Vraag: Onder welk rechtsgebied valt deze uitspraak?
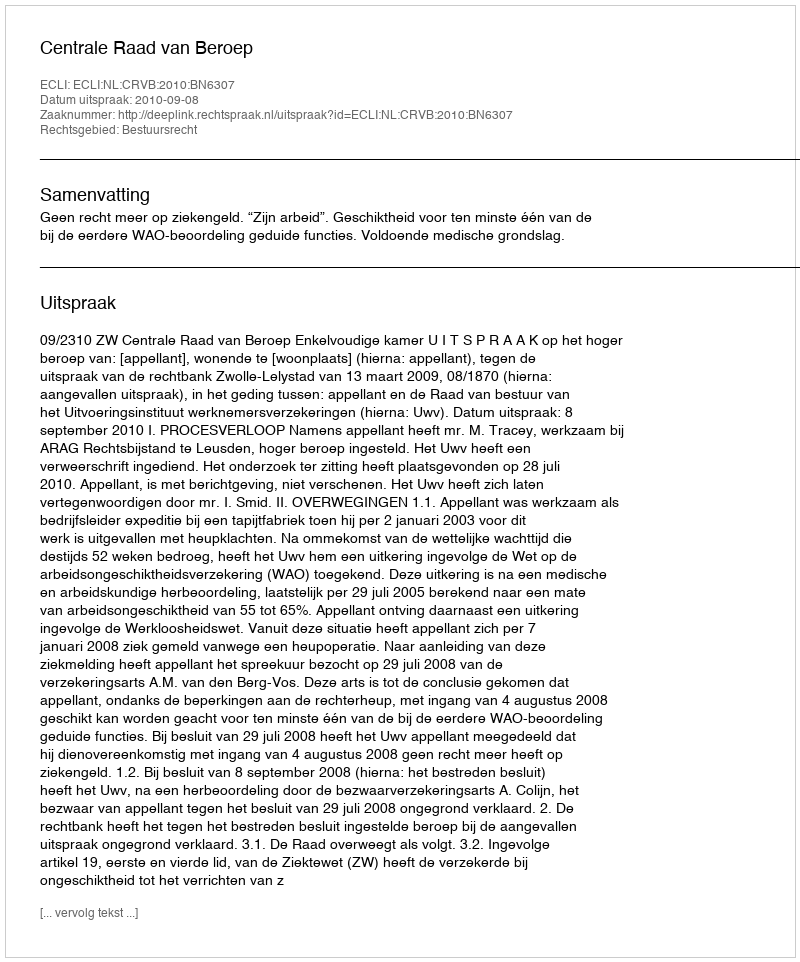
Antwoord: Bestuursrecht